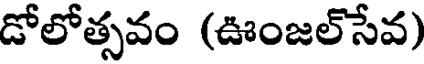
డోలోత్సవం (ఊంజల్సేవ)